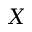
\boldsymbol { X }